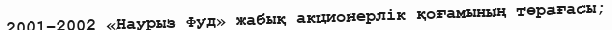
2001–2002 «Наурыз Фуд» жабық акционерлік қоғамының төрағасы;